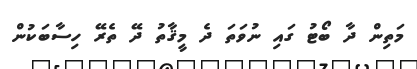
މަތިން ދާ ބޯޓު ގައި ނުވަތަ ދެ މީޤާތު ދޭ ތެރޭ ހިސާބަކުން